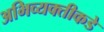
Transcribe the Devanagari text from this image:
अभिव्यक्तीकडे